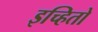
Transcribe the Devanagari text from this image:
इच्हितो